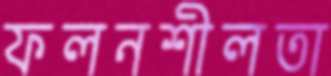
ফলনশীলতা